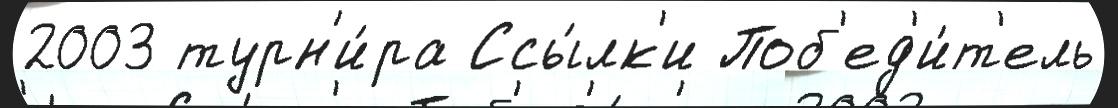
2003 турн'и́ра Ссы́лк'и Поб'ед'и́т'ель